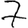
Digit: 7